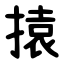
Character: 㨬